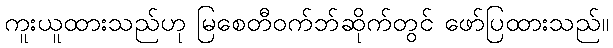
ကူးယူထားသည်ဟု မြစေတီဝက်ဘ်ဆိုက်တွင် ဖော်ပြထားသည်။